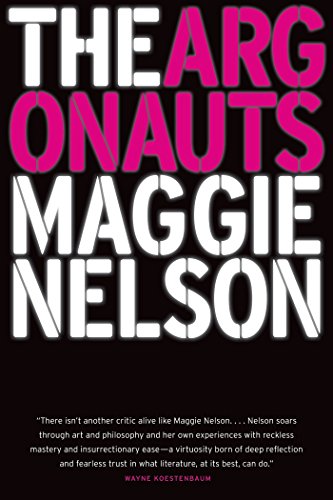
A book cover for The Argonauts; Maggie Nelson; Biographies & Memoirs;